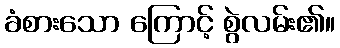
ခံစားသော ကြောင့် စွဲလမ်း၏။